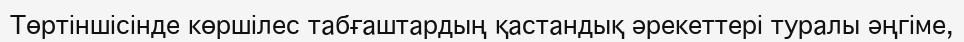
Төртіншісінде көршілес табғаштардың қастандық әрекеттері туралы әңгіме,